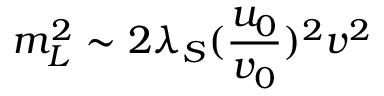
m _ { L } ^ { 2 } \sim 2 \lambda _ { S } ( \frac { u _ { 0 } } { v _ { 0 } } ) ^ { 2 } v ^ { 2 }